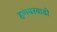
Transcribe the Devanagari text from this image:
हणबरवाडी